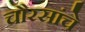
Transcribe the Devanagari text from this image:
चौरसांचे